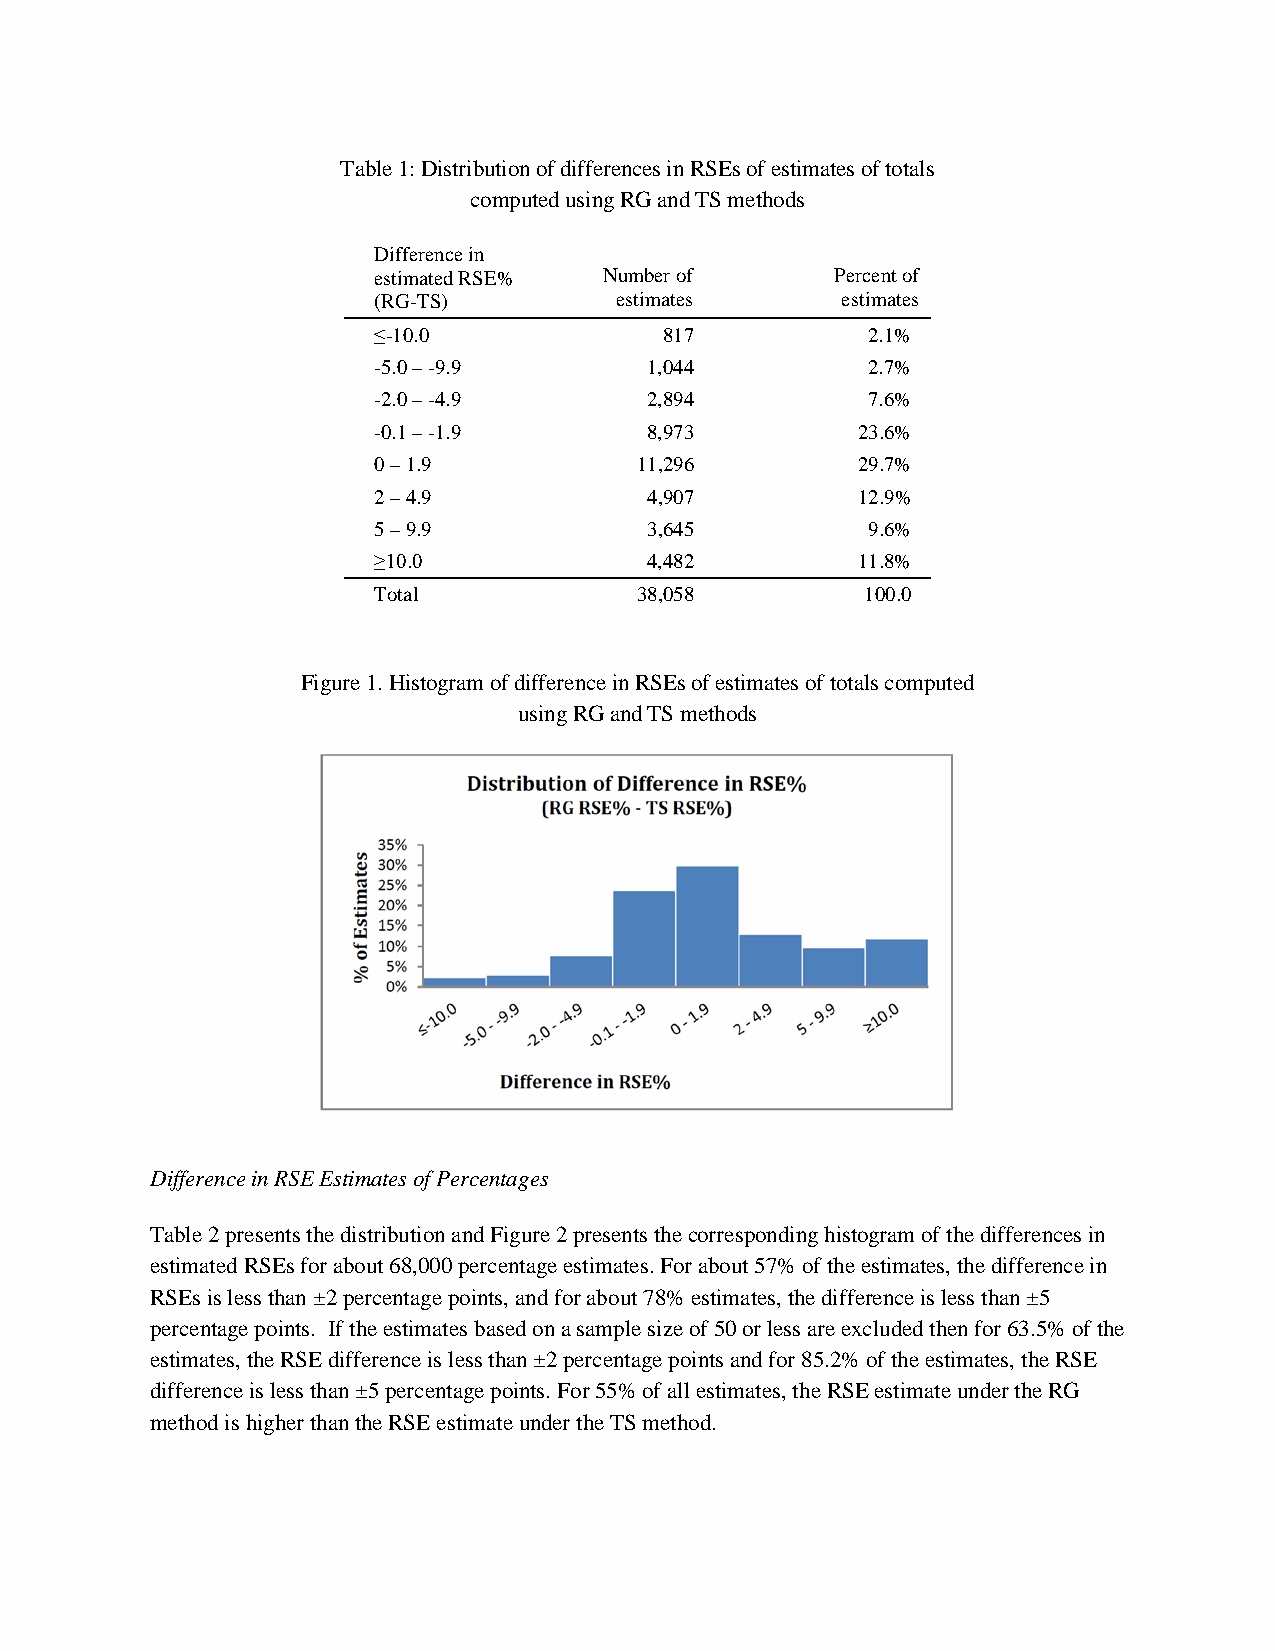
Table 1: Distribution of differences in RSEs of estimates of totals
 computed using RG and TS methods
 Difference in
 estimated RSE% Number of      Percent of
 (RG-TS)         estimates      estimates
 ≤-10.0             817          2.1%
 -5.0 – -9.9       1,044         2.7%
 -2.0 – -4.9       2,894         7.6%
 -0.1 – -1.9       8,973         23.6%
 0 – 1.9          11,296         29.7%
 2 – 4.9           4,907         12.9%
 5 – 9.9           3,645         9.6%
 ≥10.0             4,482         11.8%
 Total            38,058         100.0
 Figure 1. Histogram of difference in RSEs of estimates of totals computed
 using RG and TS methods
 Difference in RSE Estimates of Percentages
 Table 2 presents the distribution and Figure 2 presents the corresponding histogram of the differences in
 estimated RSEs for about 68,000 percentage estimates. For about 57% of the estimates, the difference in
 RSEs is less than ±2 percentage points, and for about 78% estimates, the difference is less than ±5
 percentage points. If the estimates based on a sample size of 50 or less are excluded then for 63.5% of the
 estimates, the RSE difference is less than ±2 percentage points and for 85.2% of the estimates, the RSE
 difference is less than ±5 percentage points. For 55% of all estimates, the RSE estimate under the RG
 method is higher than the RSE estimate under the TS method.